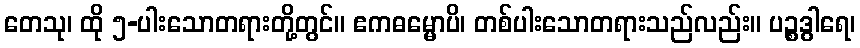
တေသု၊ ထို ၅-ပါးသောတရားတို့တွင်။ ဧကဓမ္မောပိ၊ တစ်ပါးသောတရားသည်လည်း။ ပဉ္စဒွါရေ၊